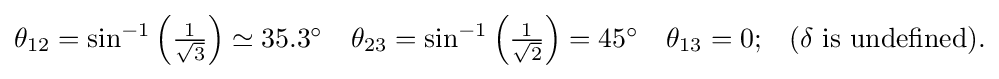
{\begin{matrix}\theta _{12}=\sin ^{-1}\left({\frac {1}{\sqrt {3}}}\right)\simeq 35.3^{\circ }&\theta _{23}=\sin ^{-1}\left({\frac {1}{\sqrt {2}}}\right)=45^{\circ }&\theta _{13}=0;&(\delta {\text{ is undefined}}).\end{matrix}}